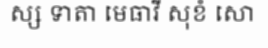
ស្ស ទាតា មេធាវី សុខំ សោ